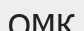
ОМК